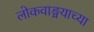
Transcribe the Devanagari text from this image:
लोकवाङ्मयाच्या